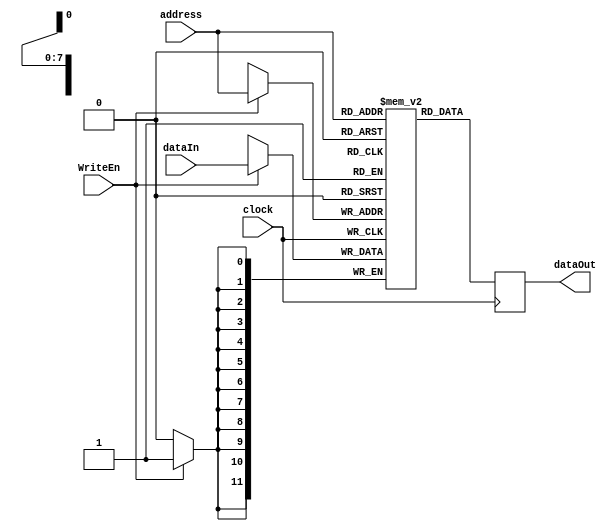
module RAM #(
    parameter DATA_WIDTH = 12,
    parameter DEPTH = 256,
    parameter ADDR_WIDTH = $clog2(DEPTH)  // 4096 locations
)
(clock, dataIn, address, WriteEn, dataOut);


input wire clock, WriteEn;
input wire [DATA_WIDTH-1 : 0] dataIn;
input wire [ADDR_WIDTH-1 : 0] address;
output wire [DATA_WIDTH-1 : 0] dataOut;

reg [DATA_WIDTH-1 : 0] ram[0 : DEPTH-1];
reg [DATA_WIDTH-1 : 0] temp;

always @(posedge clock) begin
    if (WriteEn) begin
        ram[address] <= dataIn;
    end
    temp <= ram[address];
end

assign dataOut = temp;

endmodule